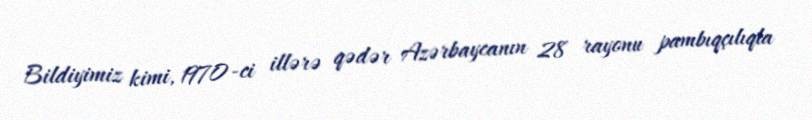
Bildiyimiz kimi, 1970-ci illərə qədər Azərbaycanın 28 rayonu pambıqçılıqla